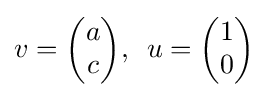
v={\begin{pmatrix}a\\c\end{pmatrix}},\,\,\,u={\begin{pmatrix}1\\0\end{pmatrix}}